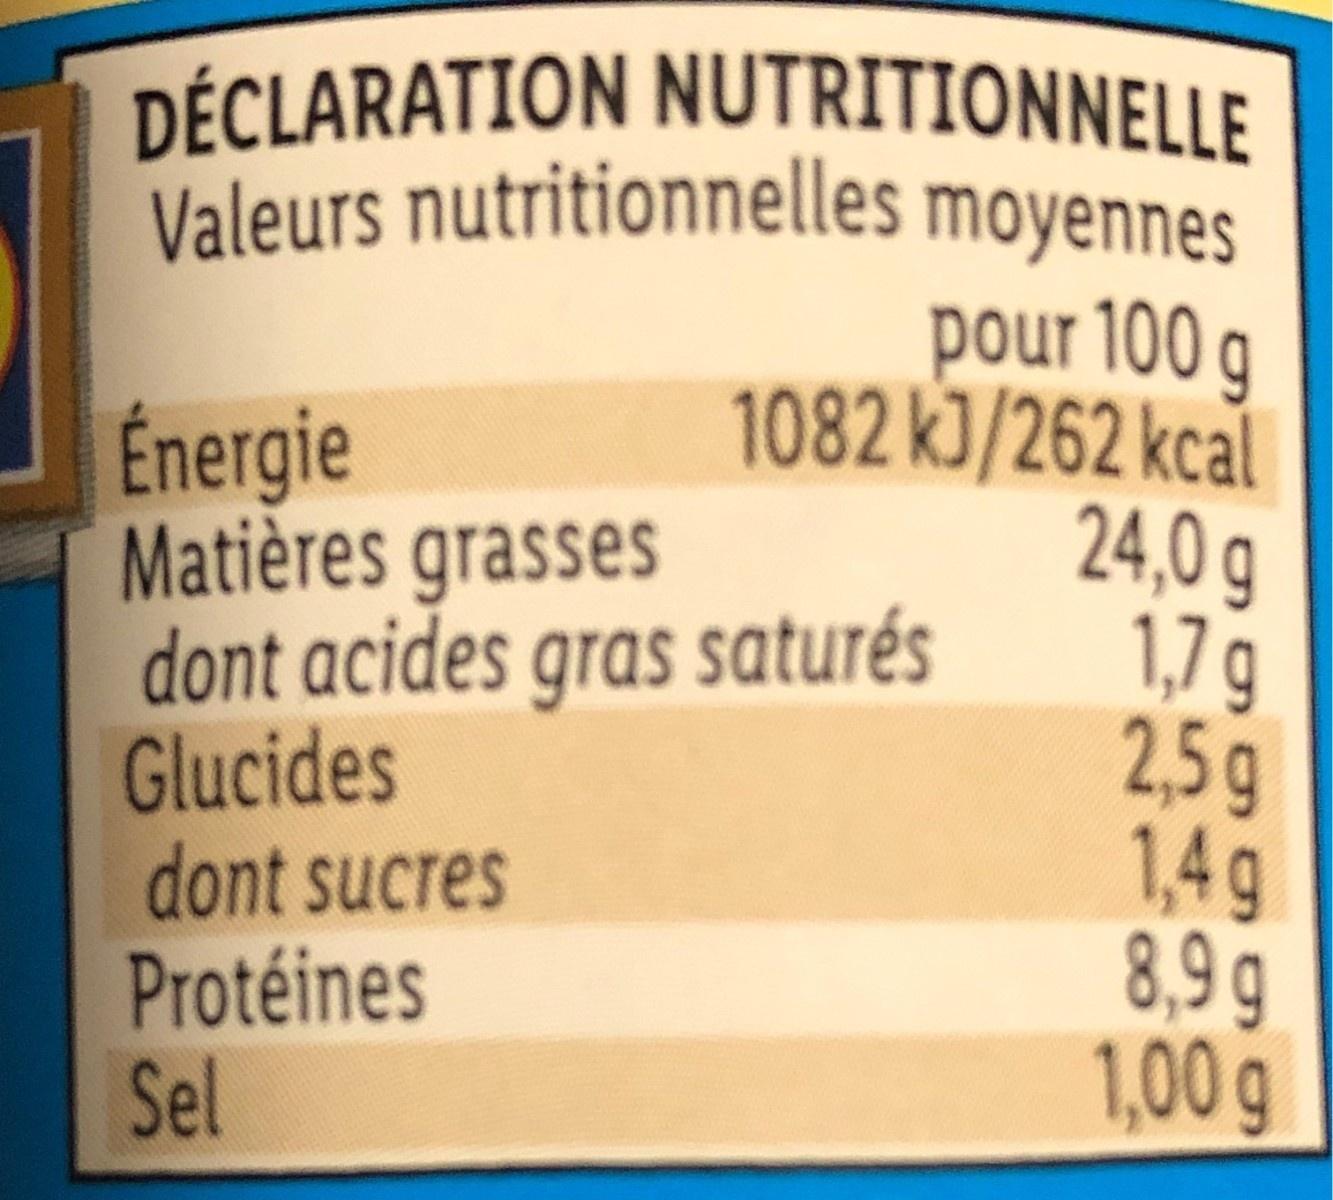
DÉCLARATION NUTRITIONNELLE
Valeurs nutritionnelles moyennes
pour 100
Énergie Matières grasses dont acides gras saturés Glucides dont sucres Protéines Sel
9 1082 kJ/262 kcal 24,0 g 1,7g 2,5g 1,4 g 8,9 g 1,00g